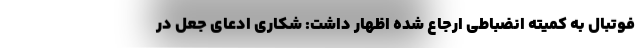
فوتبال به کمیته انضباطی ارجاع شده اظهار داشت: شکاری ادعای جعل در